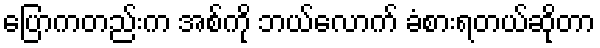
ပြောကတည်းက အစ်ကို ဘယ်လောက် ခံစားရတယ်ဆိုတာ